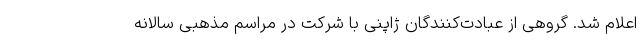
اعلام شد. گروهی از عبادت‌کنندگان ژاپنی با شرکت در مراسم مذهبی سالانه